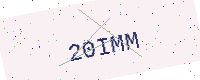
Text: 20IMM